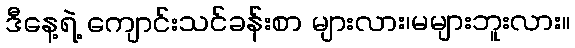
ဒီနေ့ရဲ့ ကျောင်းသင်ခန်းစာ များလား၊မများဘူးလား။